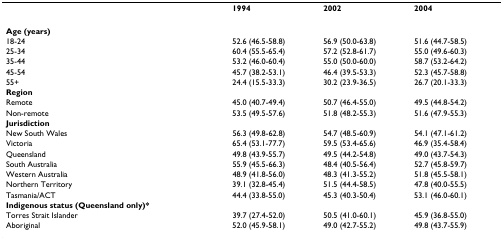
<table><thead><tr><td></td><td><b>1994</b></td><td><b>2002</b></td><td><b>2004</b></td></tr></thead><tbody><tr><td><b>Age (years)</b></td><td></td><td></td><td></td></tr><tr><td>18-24</td><td>52.6 (46.5-58.8)</td><td>56.9 (50.0-63.8)</td><td>51.6 (44.7-58.5)</td></tr><tr><td>25-34</td><td>60.4 (55.5-65.4)</td><td>57.2 (52.8-61.7)</td><td>55.0 (49.6-60.3)</td></tr><tr><td>35-44</td><td>53.2 (46.0-60.4)</td><td>55.0 (50.0-60.0)</td><td>58.7 (53.2-64.2)</td></tr><tr><td>45-54</td><td>45.7 (38.2-53.1)</td><td>46.4 (39.5-53.3)</td><td>52.3 (45.7-58.8)</td></tr><tr><td>55+</td><td>24.4 (15.5-33.3)</td><td>30.2 (23.9-36.5)</td><td>26.7 (20.1-33.3)</td></tr><tr><td><b>Region</b></td><td></td><td></td><td></td></tr><tr><td>Remote</td><td>45.0 (40.7-49.4)</td><td>50.7 (46.4-55.0)</td><td>49.5 (44.8-54.2)</td></tr><tr><td>Non-remote</td><td>53.5 (49.5-57.6)</td><td>51.8 (48.2-55.3)</td><td>51.6 (47.9-55.3)</td></tr><tr><td><b>Jurisdiction</b></td><td></td><td></td><td></td></tr><tr><td>New South Wales</td><td>56.3 (49.8-62.8)</td><td>54.7 (48.5-60.9)</td><td>54.1 (47.1-61.2)</td></tr><tr><td>Victoria</td><td>65.4 (53.1-77.7)</td><td>59.5 (53.4-65.6)</td><td>46.9 (35.4-58.4)</td></tr><tr><td>Queensland</td><td>49.8 (43.9-55.7)</td><td>49.5 (44.2-54.8)</td><td>49.0 (43.7-54.3)</td></tr><tr><td>South Australia</td><td>55.9 (45.5-66.3)</td><td>48.4 (40.5-56.4)</td><td>52.7 (45.8-59.7)</td></tr><tr><td>Western Australia</td><td>48.9 (41.8-56.0)</td><td>48.3 (41.3-55.2)</td><td>51.8 (45.5-58.1)</td></tr><tr><td>Northern Territory</td><td>39.1 (32.8-45.4)</td><td>51.5 (44.4-58.5)</td><td>47.8 (40.0-55.5)</td></tr><tr><td>Tasmania/ACT</td><td>44.4 (33.8-55.0)</td><td>45.3 (40.3-50.4)</td><td>53.1 (46.0-60.1)</td></tr><tr><td><b>Indigenous status (Queensland only)*</b></td><td></td><td></td><td></td></tr><tr><td>Torres Strait Islander</td><td>39.7 (27.4-52.0)</td><td>50.5 (41.0-60.1)</td><td>45.9 (36.8-55.0)</td></tr><tr><td>Aboriginal</td><td>52.0 (45.9-58.1)</td><td>49.0 (42.7-55.2)</td><td>49.8 (43.7-55.9)</td></tr></tbody></table>